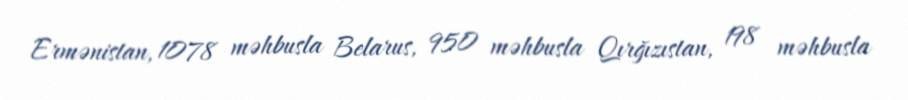
Ermənistan, 1078 məhbusla Belarus, 950 məhbusla Qırğızıstan, 198 məhbusla